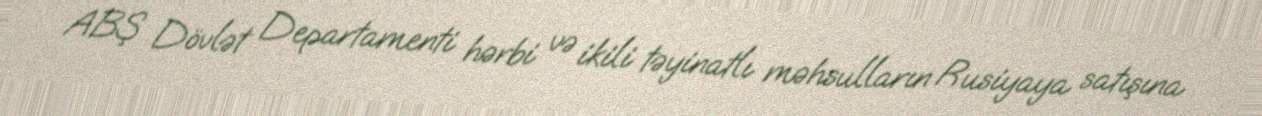
ABŞ Dövlət Departamenti hərbi və ikili təyinatlı məhsulların Rusiyaya satışına